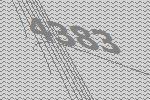
4383